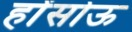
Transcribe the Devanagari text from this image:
होंसोऊ